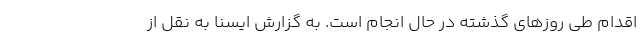
اقدام طی روزهای گذشته در حال انجام است. به گزارش ایسنا به نقل از